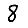
Digit: 8